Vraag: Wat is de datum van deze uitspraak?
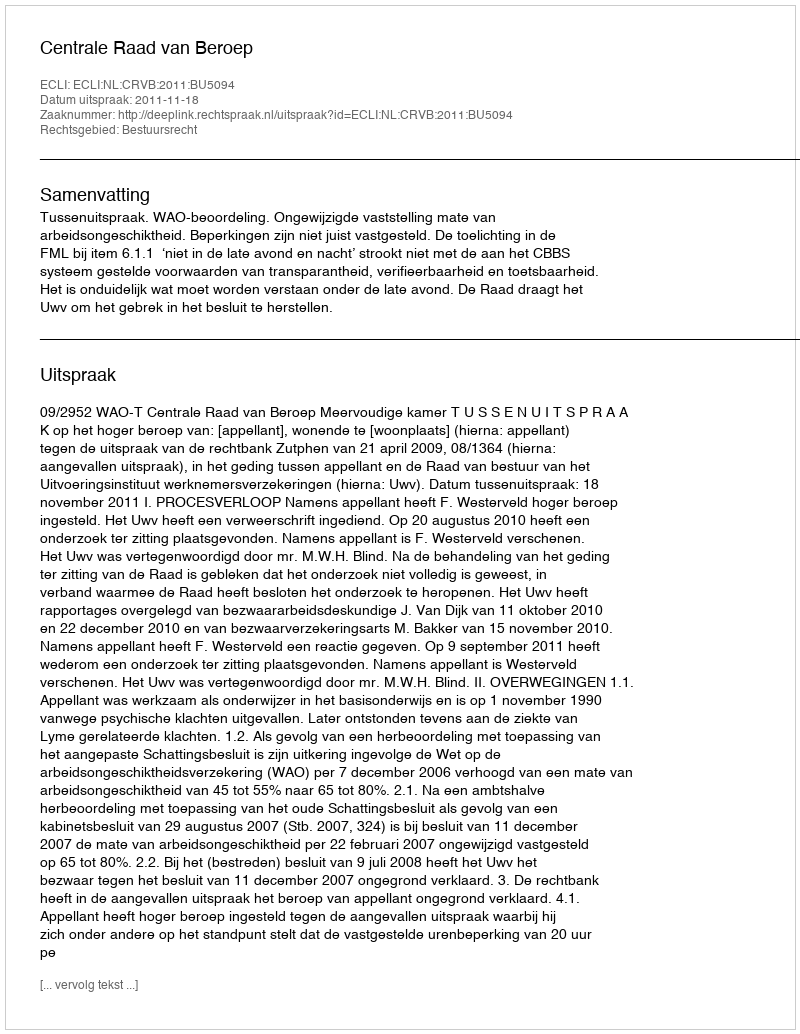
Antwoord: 2011-11-18